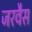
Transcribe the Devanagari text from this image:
जरवैस